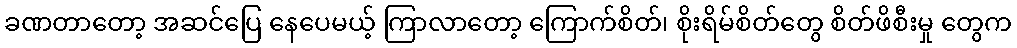
ခဏတာတော့ အဆင်ပြေ နေပေမယ့် ကြာလာတော့ ကြောက်စိတ်၊ စိုးရိမ်စိတ်တွေ စိတ်ဖိစီးမှု တွေက